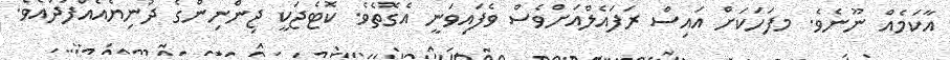
އާކަމެއް ނޫނެވެ. މފަހަކަށް އައިސް ރަފައެލްއަށްވެސް ވެފައިވަނީ އެގޮތެވެ. ކޮޓެޖަކީ ޖިންނިންގެ ދުނިޔެއެއްފަދައެވެ.